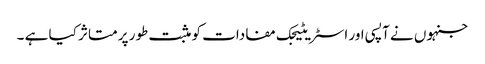
جنہوں نے آپسی اور اسٹریٹیجک مفادات کو مثبت طور پر متاثر کیا ہے ۔